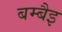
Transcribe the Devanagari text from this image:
बम्बैइ